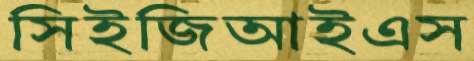
সিইজিআইএস